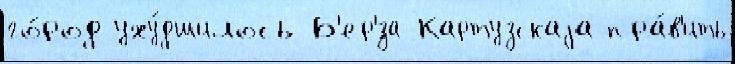
го́род уху́дшилось Б'ер'́за-Картузскаjа пра́в'ить